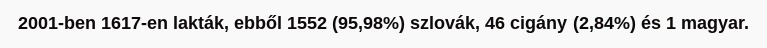
2001-ben 1617-en lakták, ebből 1552 (95,98%) szlovák, 46 cigány (2,84%) és 1 magyar.